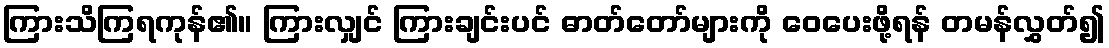
ကြားသိကြရကုန်၏။ ကြားလျှင် ကြားချင်းပင် ဓာတ်တော်များကို ဝေပေးဖို့ရန် တမန်လွှတ်၍